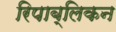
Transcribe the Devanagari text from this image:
रिपाब्लिकन